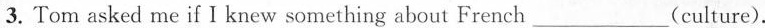
3. Tom asked me if I knew something about French___ (culture).